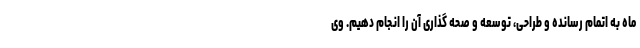
ماه به اتمام رسانده و طراحی، توسعه و صحه گذاری آن را انجام دهیم. وی